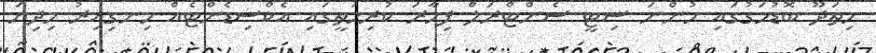
ހިތަދޫ ބޮޑުމަގުގައި ހުންނަ ސިޓީ ސެންޓްރަލް ފިހާރަ ކުރިމަތީގައި އެކްސިޑެންޓެއް ހިނގިއިރު މިދިޔަ